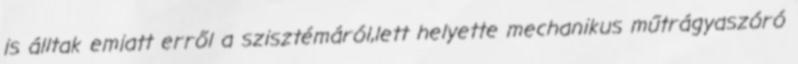
is álltak emiatt erről a szisztémáról,lett helyette mechanikus műtrágyaszóró